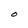
Character: O